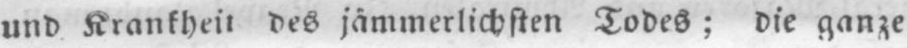
und Krankheit des jämmerlichsten Todes; die ganze